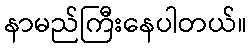
နာမည်ကြီးနေပါတယ်။